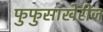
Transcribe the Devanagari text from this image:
फुफुसाखेरीज